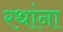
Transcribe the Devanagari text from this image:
रथांना